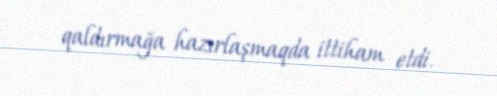
qaldırmağa hazırlaşmaqda ittiham etdi.